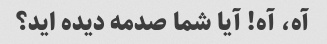
آه، آه! آیا شما صدمه دیده اید؟